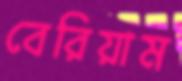
বেরিয়াম